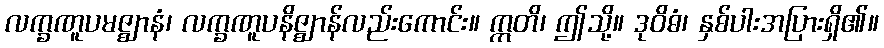
လက္ခဏူပမဇ္ဈာနံ၊ လက္ခဏူပနိဇ္ဈာန်လည်းကောင်း။ ဣတိ၊ ဤသို့။ ဒုဝိဓံ၊ နှစ်ပါးအပြားရှိ၏။